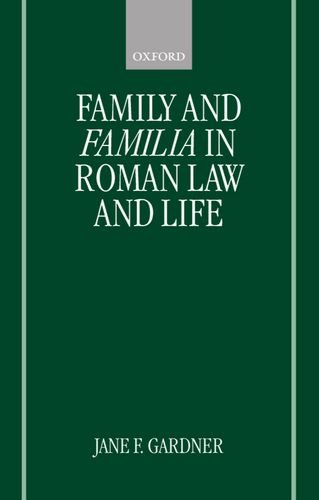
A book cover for Family and Familia in Roman Law and Life; Jane F. Gardner; Law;